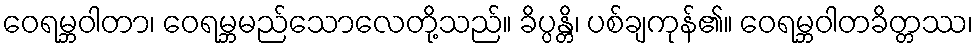
ဝေရမ္ဘဝါတာ၊ ဝေရမ္ဘမည်သောလေတို့သည်။ ခိပ္ပန္တိ၊ ပစ်ချကုန်၏။ ဝေရမ္ဘဝါတခိတ္တဿ၊